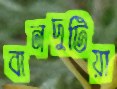
বানদুটিয়া